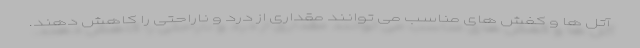
آتل ها و کفش های مناسب می توانند مقداری از درد و ناراحتی را کاهش دهند.